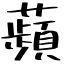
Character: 蘋